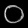
Digit: ၀